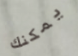
يمكنك